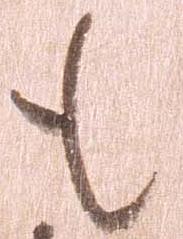
も